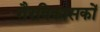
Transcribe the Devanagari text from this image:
गैरविकासकों